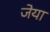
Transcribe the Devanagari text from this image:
जेया